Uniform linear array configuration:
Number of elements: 16
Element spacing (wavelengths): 0.75
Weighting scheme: kaiser
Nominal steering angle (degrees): -60
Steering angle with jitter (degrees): -59.893
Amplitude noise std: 0.05
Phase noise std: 0.05

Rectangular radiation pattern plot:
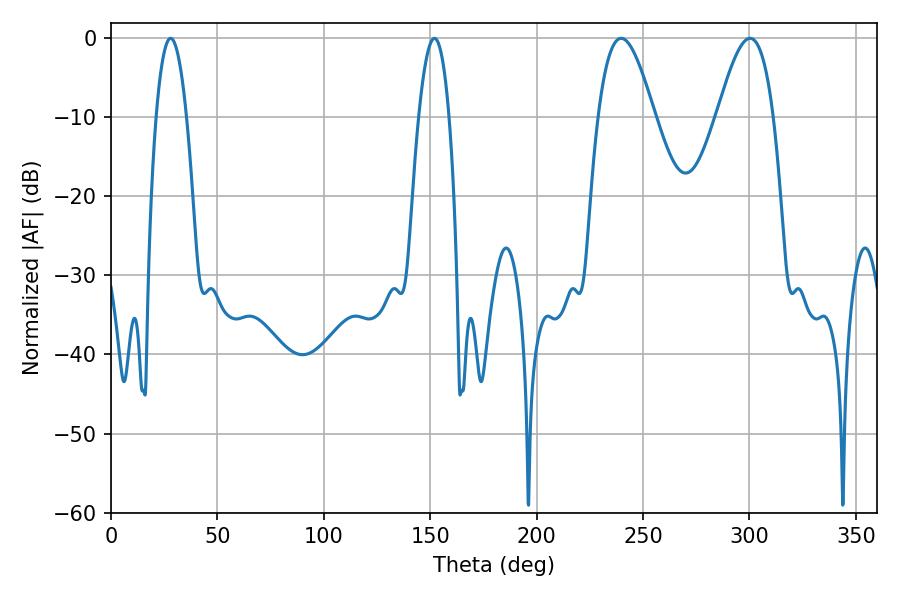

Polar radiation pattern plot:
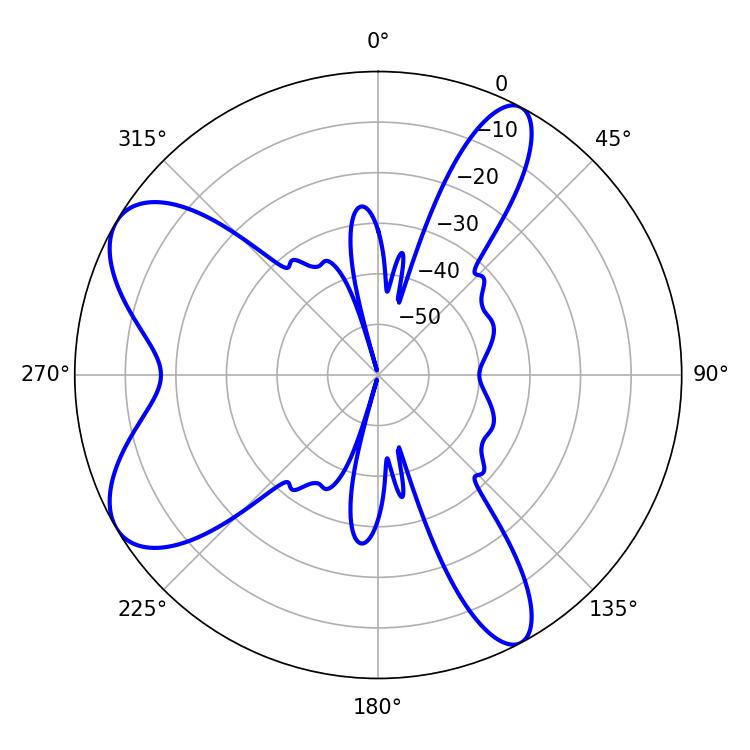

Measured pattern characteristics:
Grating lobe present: TRUE
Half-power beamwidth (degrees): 14.4
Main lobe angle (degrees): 239.76